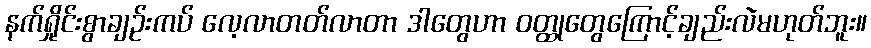
နက်ရှိုင်းစွာချဉ်းကပ် လေ့လာတတ်လာတာ ဒါတွေဟာ ဝတ္ထုတွေကြောင့်ချည်းလဲမဟုတ်ဘူး။